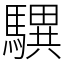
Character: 龭